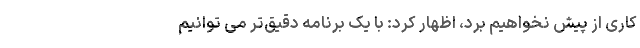
کاری از پیش نخواهیم برد، اظهار کرد: با یک برنامه دقیق‌تر می توانیم